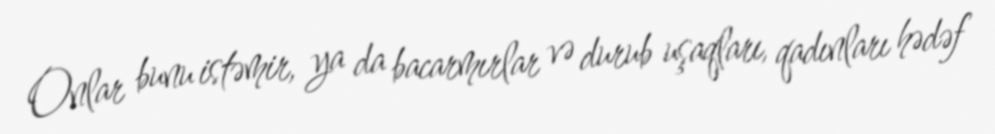
Onlar bunu istəmir, ya da bacarmırlar və durub uşaqları, qadınları hədəf